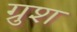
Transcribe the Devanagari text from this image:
ग्रुश